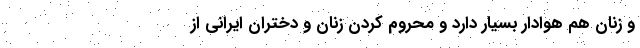
و زنان هم هوادار بسیار دارد و محروم کردن زنان و دختران ایرانی از